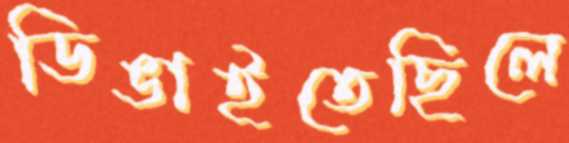
ডিঙাইতেছিলে